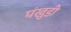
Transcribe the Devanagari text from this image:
पंखुडी